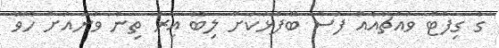
ގެ ގިފްޓް ވައުޗާއެއް ފަސް ބޭފުޅަކަށް ލިބޭ އިރު ތިން ވަނައަށް ހޮވޭ